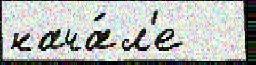
нача́л'е